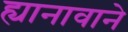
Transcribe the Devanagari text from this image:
ह्यानावाने